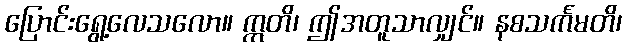
ပြောင်းရွေ့လေသလော။ ဣတိ၊ ဤအတူသာလျှင်။ နစသင်္ကမတိ၊